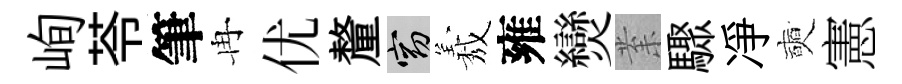
峋苓筆冉优釐窈𦏁雍𤓖𭪙驟凈奭憲